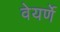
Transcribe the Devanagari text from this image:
वेयर्णे